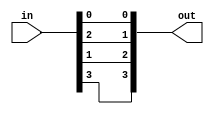
module mux_shuffle #(
	parameter U = 2,
	parameter V = 2
) (
	input [U*V-1:0] in,
	output [V*U-1:0] out
);
	genvar u, v;
	generate
	for (u = 0; u < U; u = u + 1) begin : _U
		for (v = 0; v < V; v = v + 1) begin : _V
			assign out[v*U+u] = in[u*V+v];
		end
	end
	endgenerate
endmodule